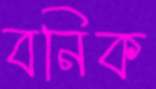
বনিক